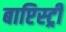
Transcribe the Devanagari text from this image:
बाप्टिस्ट्री